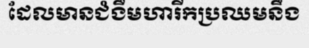
ដែលមានជំងឺមហារីកប្រឈមនឹង